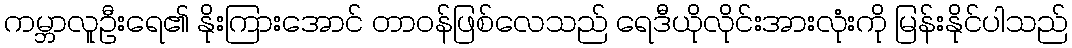
ကမ္ဘာလူဦးရေ၏ နိုးကြားအောင် တာဝန်ဖြစ်လေသည် ရေဒီယိုလိုင်းအားလုံးကို မြန်းနိုင်ပါသည်